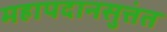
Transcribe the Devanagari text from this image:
महापदानसुत्तंत